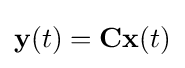
\mathbf {y} (t)=\mathbf {C} \mathbf {x} (t)